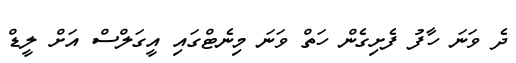
ދެ ވަނަ ހާފު ފެށިގެން ހަތް ވަނަ މިނެޓްގައި އީގަލްސް އަށް ލީޑް